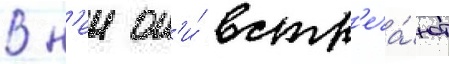
В н'еи он'и́ встр'еча́ют